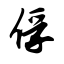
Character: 俘